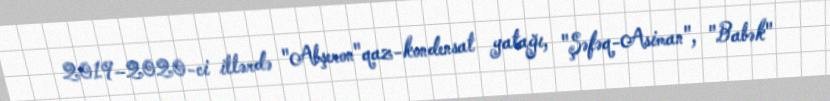
2019–2020-ci illərdə "Abşeron"qaz-kondensat yatağı, "Şəfəq-Asiman", "Babək"